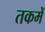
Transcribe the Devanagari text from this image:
तकमें